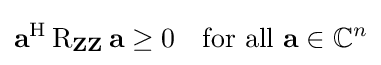
\mathbf {a} ^{\mathrm {H} }\operatorname {R} _{\mathbf {Z} \mathbf {Z} }\mathbf {a} \geq 0\quad {\text{for all }}\mathbf {a} \in \mathbb {C} ^{n}